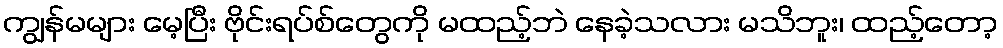
ကျွန်မများ မေ့ပြီး ဗိုင်းရပ်စ်တွေကို မထည့်ဘဲ နေခဲ့သလား မသိဘူး၊ ထည့်တော့